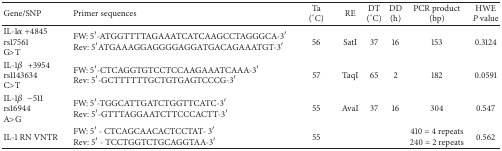
<table><thead><tr><td><b>Gene/SNP</b></td><td><b>Primer sequences</b></td><td><b>Ta(°C)</b></td><td><b>RE</b></td><td><b>DT(°C)</b></td><td><b>DD(h)</b></td><td><b>PCR product(bp) </b></td><td><b>HWE<i>P</i> value</b></td></tr></thead><tbody><tr><td>IL-1<i>α</i> +4845rs17561G&gt;T</td><td>FW: 5′-ATGGTTTTAGAAATCATCAAGCCTAGGGCA-3′ Rev: 5′ATGAAAGGAGGGGAGGATGACAGAAATGT-3′</td><td>56</td><td>SatI</td><td>37</td><td>16</td><td>153</td><td>0.3124</td></tr><tr><td>IL-1<i>β</i>+3954rs1143634C&gt;T</td><td>FW: 5′-CTCAGGTGTCCTCCAAGAAATCAAA-3′ Rev: 5′-GCTTTTTTGCTGTGAGTCCCG-3′</td><td>57</td><td>TaqI</td><td>65</td><td>2</td><td>182</td><td>0.0591</td></tr><tr><td>IL-1<i>β</i>−511rs16944A&gt;G</td><td>FW: 5′-TGGCATTGATCTGGTTCATC-3′ Rev: 5′-GTTTAGGAATCTTCCCACTT-3′</td><td>55</td><td>AvaI</td><td>37</td><td>16</td><td>304</td><td>0.547</td></tr><tr><td>IL-1 RN VNTR</td><td>FW: 5′-CTCAGCAACACTCCTAT-3′ Rev: 5′-TCCTGGTCTGCAGGTAA-3′</td><td>55</td><td> </td><td> </td><td> </td><td>410 = 4 repeats240 = 2 repeats</td><td>0.562</td></tr></tbody></table>